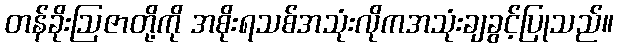
တန်ခိုးဩဇာတို့ကို အစိုးရသစ်အသုံးလိုကအသုံးချခွင့်ပြုသည်။